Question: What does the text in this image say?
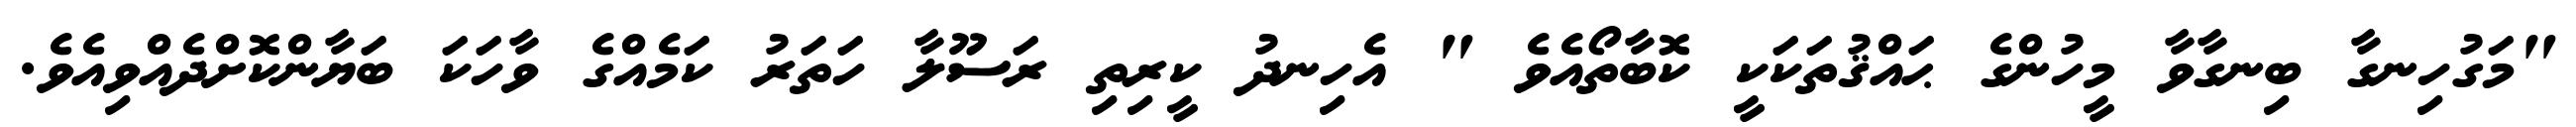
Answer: "މަގުހިނގާ ބިނގާވާ މީހުންގެ ޙައްޤުތަކަކީ ކޮބާތޯއެވެ " އެހިނދު ކީރިތި ރަސޫލާ ހަތަރު ކަމެއްގެ ވާހަކަ ބަޔާންކޮށްދެއްވިއެވެ.